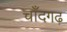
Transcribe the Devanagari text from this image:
चाँदगढ़